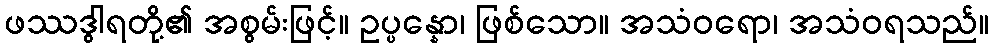
ဖဿဒွါရတို့၏ အစွမ်းဖြင့်။ ဥပ္ပန္နော၊ ဖြစ်သော။ အသံဝရော၊ အသံဝရသည်။